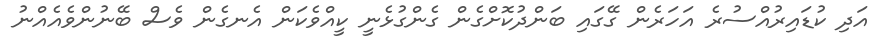
އަދި ކުޑައިރުއްސުރެ އަހަރެން ގޭގައި ބަންދުކޮށްގެން ގެންގުޅެނީ ކީއްވެކަން އެނގެން ވެސް ބޭނުންވެއެއްނު